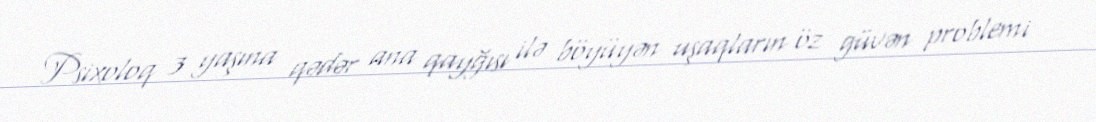
Psixoloq 3 yaşına qədər ana qayğısı ilə böyüyən uşaqların öz güvən problemi